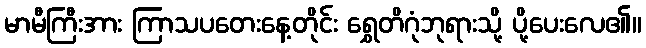
မာမီကြီးအား ကြာသပတေးနေ့တိုင်း ရွှေတိဂုံဘုရားသို့ ပို့ပေးလေ၏။